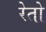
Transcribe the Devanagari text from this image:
रेतो